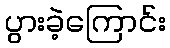
ပွားခဲ့ကြောင်း